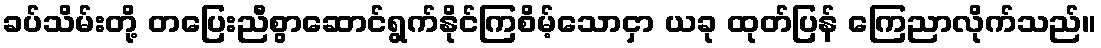
ခပ်သိမ်းတို့ တပြေးညီစွာဆောင်ရွက်နိုင်ကြစိမ့်သောငှာ ယခု ထုတ်ပြန် ကြေညာလိုက်သည်။